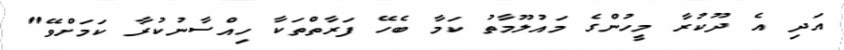
އަދި އެ ދޫކުރާ މީހުންގެ މައުލޫމާތު ކަމާ ބެހޭ ފަރާތްތަކާ ހިއްސާނުކުރާ ކަމަށްވޭ"